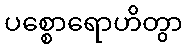
ပစ္စောရောဟိတွာ